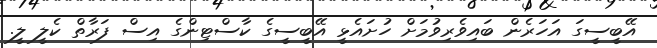
އޭބީސީގަ އަހަރެން ބައިވެރިވުމަށް ހުށައެޅީ އޭބީސީގެ ކާސްޓިންގެ އިސް ފަރާތް ކެލީ ލީ.